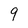
Character: 9